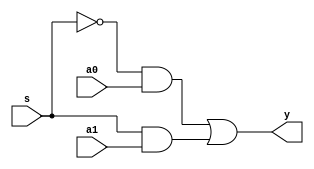
module mux2x1(
  input s,
  input a0,
  input a1,
  output y
);

  not (sbar,s);
  and (y1,sbar,a0);
  and (y2,s,a1);
  or (y,y1,y2);

endmodule